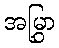
အမြွှာ